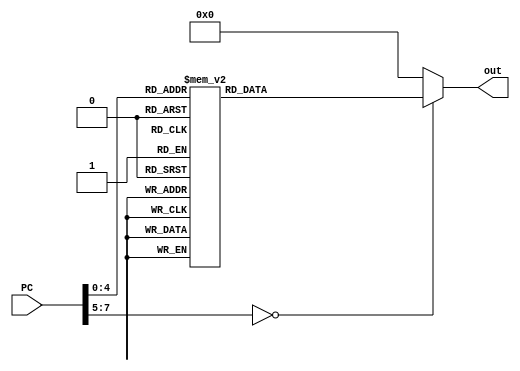
module rom_case(out, PC); //10
    output reg[15:0] out;
    input [7:0] PC; //address- 8 deep memory
    
    always @(PC) begin
        case(PC)
				8'b00000000 :	 out[15:0]<=16'b0100011111010010;	//R7<-NOT R2
				8'b00000001 :	 out[15:0]<=16'b0010101100000010; 	//ORI R3 2
				
            8'b00000010 :   out[15:0]<=16'b1010111100000000;	//Write R7 AD 0
				8'b00000011 :   out[15:0]<=16'b0000000000000000;	//1010111100000001;//NOP or Write R7 AD 1
				8'b00000100 :   out[15:0]<=16'b1010111100000010;	//Write R7 AD 2
            8'b00000101 :   out[15:0]<=16'b0000000000000000;	//1010111100000011;//NOP or Write R7 AD 3
            8'b00000110 :   out[15:0]<=16'b1010111100000100;	//Write R7 AD 4
            8'b00000111 :   out[15:0]<=16'b1010111100000101;	//Write R7 AD 5
            8'b00001000 :   out[15:0]<=16'b1010111100000110;	//Write R7 AD 6 
				8'b00001001 :	 out[15:0]<=16'b1010111100000111;	//Write R7 AD 7
				
				8'b00001010 :   out[15:0]<=16'b1010101100000000;	//Write R3 AD 0
				8'b00001011 :   out[15:0]<=16'b0000000000000000;	//1010111100000001;//NOP or Write R3 AD 1
				8'b00001100 :   out[15:0]<=16'b1010101100000010;	//Write R3 AD 2
            8'b00001101 :   out[15:0]<=16'b0000000000000000;	//1010111100000011;//NOP or Write R3 AD 3
            8'b00001110 :   out[15:0]<=16'b1010101100000100;	//Write R3 AD 4
            8'b00001111 :   out[15:0]<=16'b1010101100000101;	//Write R3 AD 5
            8'b00010000 :   out[15:0]<=16'b1010101100000110;	//Write R3 AD 6
			
				8'b00010001 :	 out[15:0]<=16'b1001101011101110;//Jump to address 0
				
				default: 		 out = 16'b0000000000000000; //NOP
        endcase
    end
endmodule // rom_case